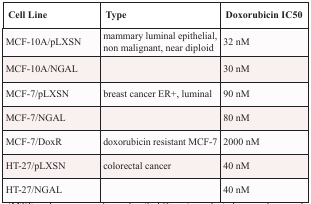
<table><thead><tr><td><b>Cell Line</b></td><td><b>Type</b></td><td><b>Doxorubicin IC50</b></td></tr></thead><tbody><tr><td>MCF-10A/pLXSN</td><td>mammary luminal epithelial, non malignant, near diploid</td><td>32 nM</td></tr><tr><td>MCF-10A/NGAL</td><td></td><td>30 nM</td></tr><tr><td>MCF-7/pLXSN</td><td>breast cancer ER+, luminal</td><td>90 nM</td></tr><tr><td>MCF-7/NGAL</td><td></td><td>80 nM</td></tr><tr><td>MCF-7/DoxR</td><td>doxorubicin resistant MCF-7</td><td>2000 nM</td></tr><tr><td>HT-27/pLXSN</td><td>colorectal cancer</td><td>40 nM</td></tr><tr><td>HT-27/NGAL</td><td></td><td>40 nM</td></tr></tbody></table>